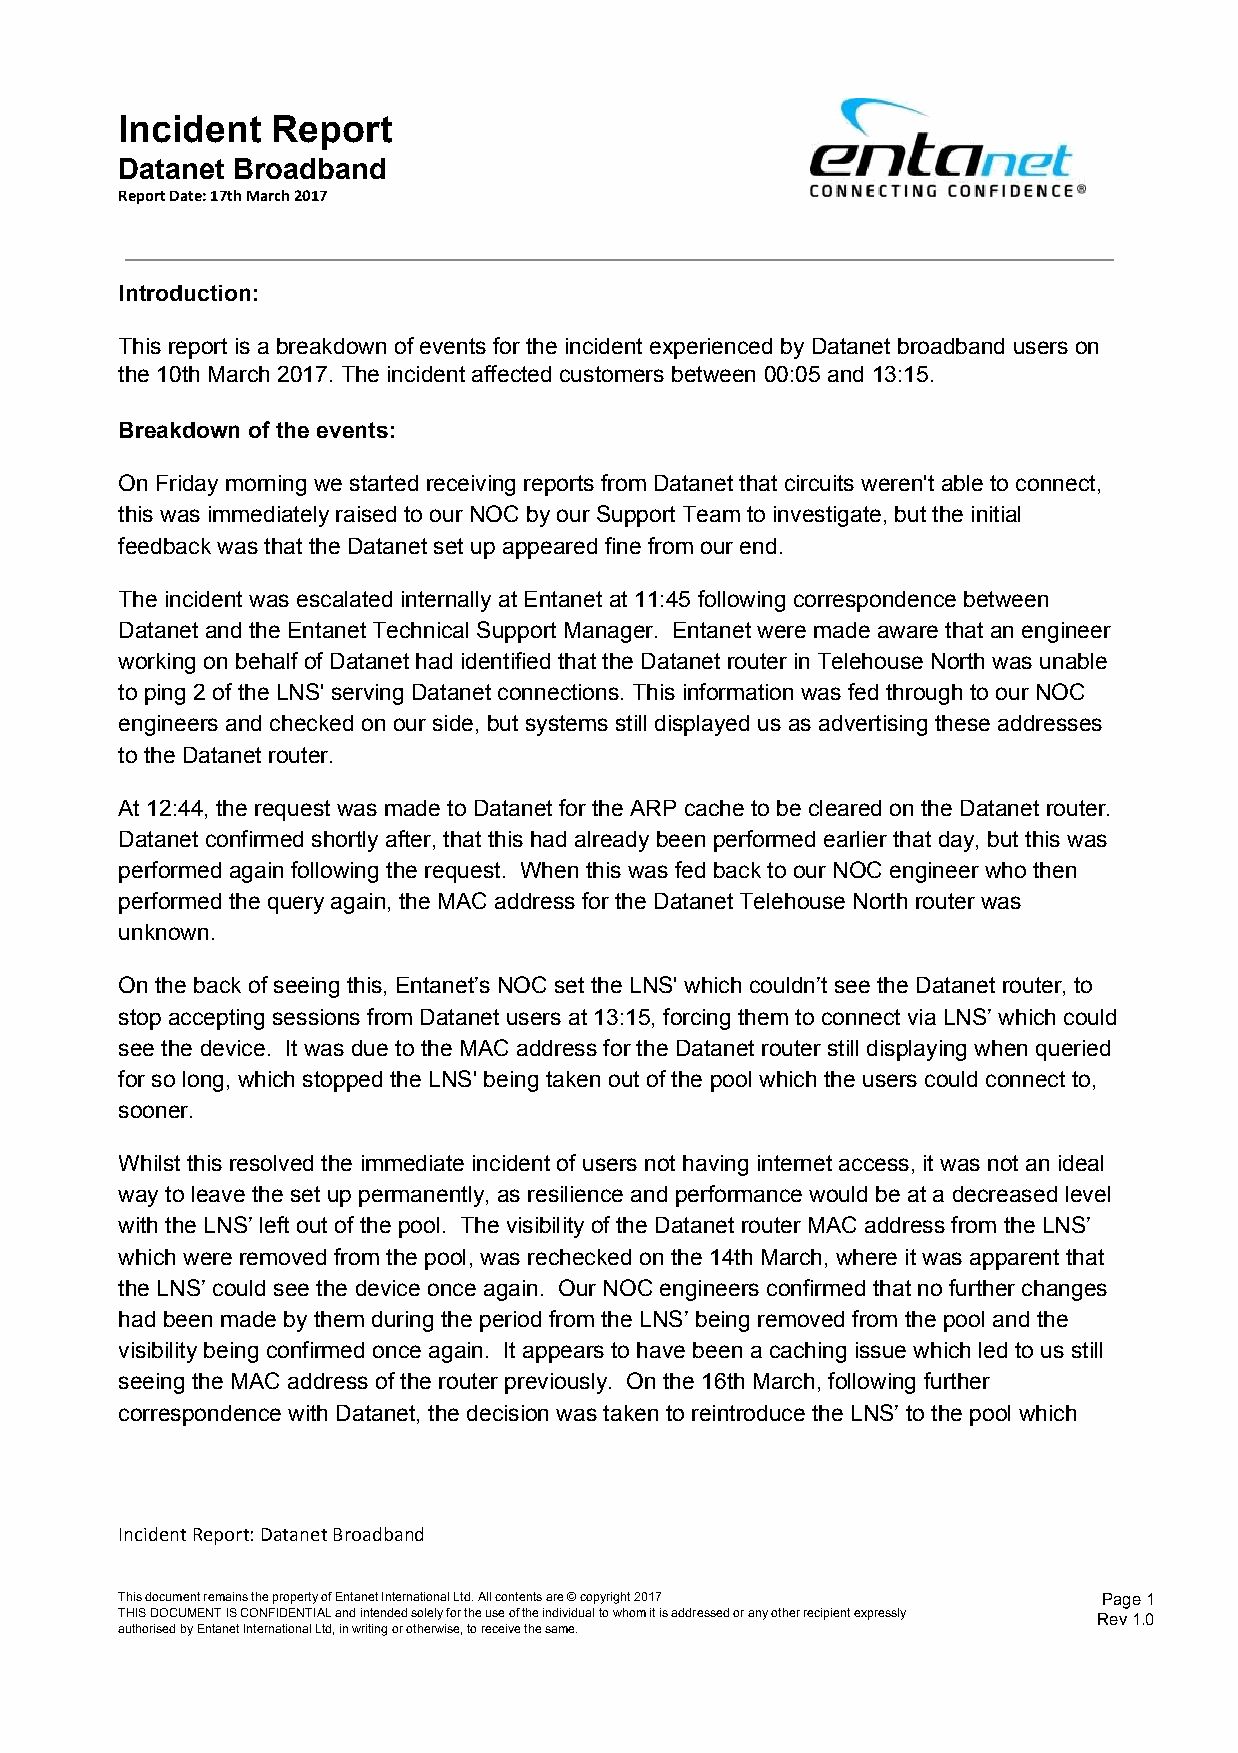
Incident  Report
 Datanet Broadband
 Report Date: 17th March 2017
 Introduction:
 This report is a breakdown of events for the incident experienced by Datanet broadband users on
 the 10th March 2017. The incident affected customers between 00:05 and 13:15.
 Breakdown of the events:
 On Friday morning we started receiving reports from Datanet that circuits weren't able to connect,
 this was immediately raised to our NOC by our Support Team to investigate, but the initial
 feedback was that the Datanet set up appeared fine from our end.
 The incident was escalated internally at Entanet at 11:45 following correspondence between
 Datanet and the Entanet Technical Support Manager. Entanet were made aware that an engineer
 working on behalf of Datanet had identified that the Datanet router in Telehouse North was unable
 to ping 2 of the LNS' serving Datanet connections. This information was fed through to our NOC
 engineers and checked on our side, but systems still displayed us as advertising these addresses
 to the Datanet router.
 At 12:44, the request was made to Datanet for the ARP cache to be cleared on the Datanet router.
 Datanet confirmed shortly after, that this had already been performed earlier that day, but this was
 performed again following the request. When this was fed back to our NOC engineer who then
 performed the query again, the MAC address for the Datanet Telehouse North router was
 unknown.
 On the back of seeing this, Entanet’s NOC set the LNS' which couldn’t see the Datanet router, to
 stop accepting sessions from Datanet users at 13:15, forcing them to connect via LNS’ which could
 see the device. It was due to the MAC address for the Datanet router still displaying when queried
 for so long, which stopped the LNS' being taken out of the pool which the users could connect to,
 sooner.
 Whilst this resolved the immediate incident of users not having internet access, it was not an ideal
 way to leave the set up permanently, as resilience and performance would be at a decreased level
 with the LNS’ left out of the pool. The visibility of the Datanet router MAC address from the LNS’
 which were removed from the pool, was rechecked on the 14th March, where it was apparent that
 the LNS’ could see the device once again. Our NOC engineers confirmed that no further changes
 had been made by them during the period from the LNS’ being removed from the pool and the
 visibility being confirmed once again. It appears to have been a caching issue which led to us still
 seeing the MAC address of the router previously. On the 16th March, following further
 correspondence with Datanet, the decision was taken to reintroduce the LNS’ to the pool which
 Incident Report: Datanet Broadband
 This document remains the property of Entanet International Ltd. All contents are © copyright 2017 Page 1
 THIS DOCUMENT IS CONFIDENTIAL and intended solely for the use of the individual to whom it is addressed or any other recipient expressly Rev 1.0
 authorised by Entanet International Ltd, in writing or otherwise, to receive the same.